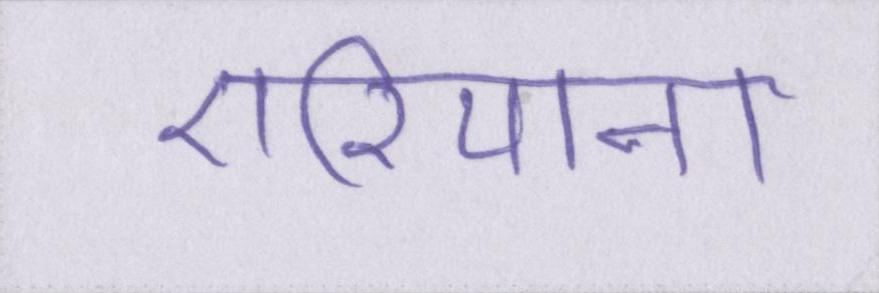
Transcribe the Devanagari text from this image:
एरियाना